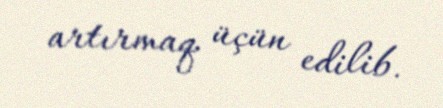
artırmaq üçün edilib.